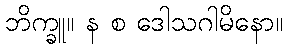
ဘိက္ခူ။ န စ ဒေါသဂါမိနော။